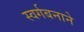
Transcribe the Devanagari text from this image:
स्वर्गबनाने